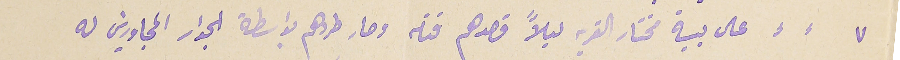
٧  على بية مختار القرية ليلاً قصدهم قتله وصار طردهم بواسطة الجوار المجاورين له